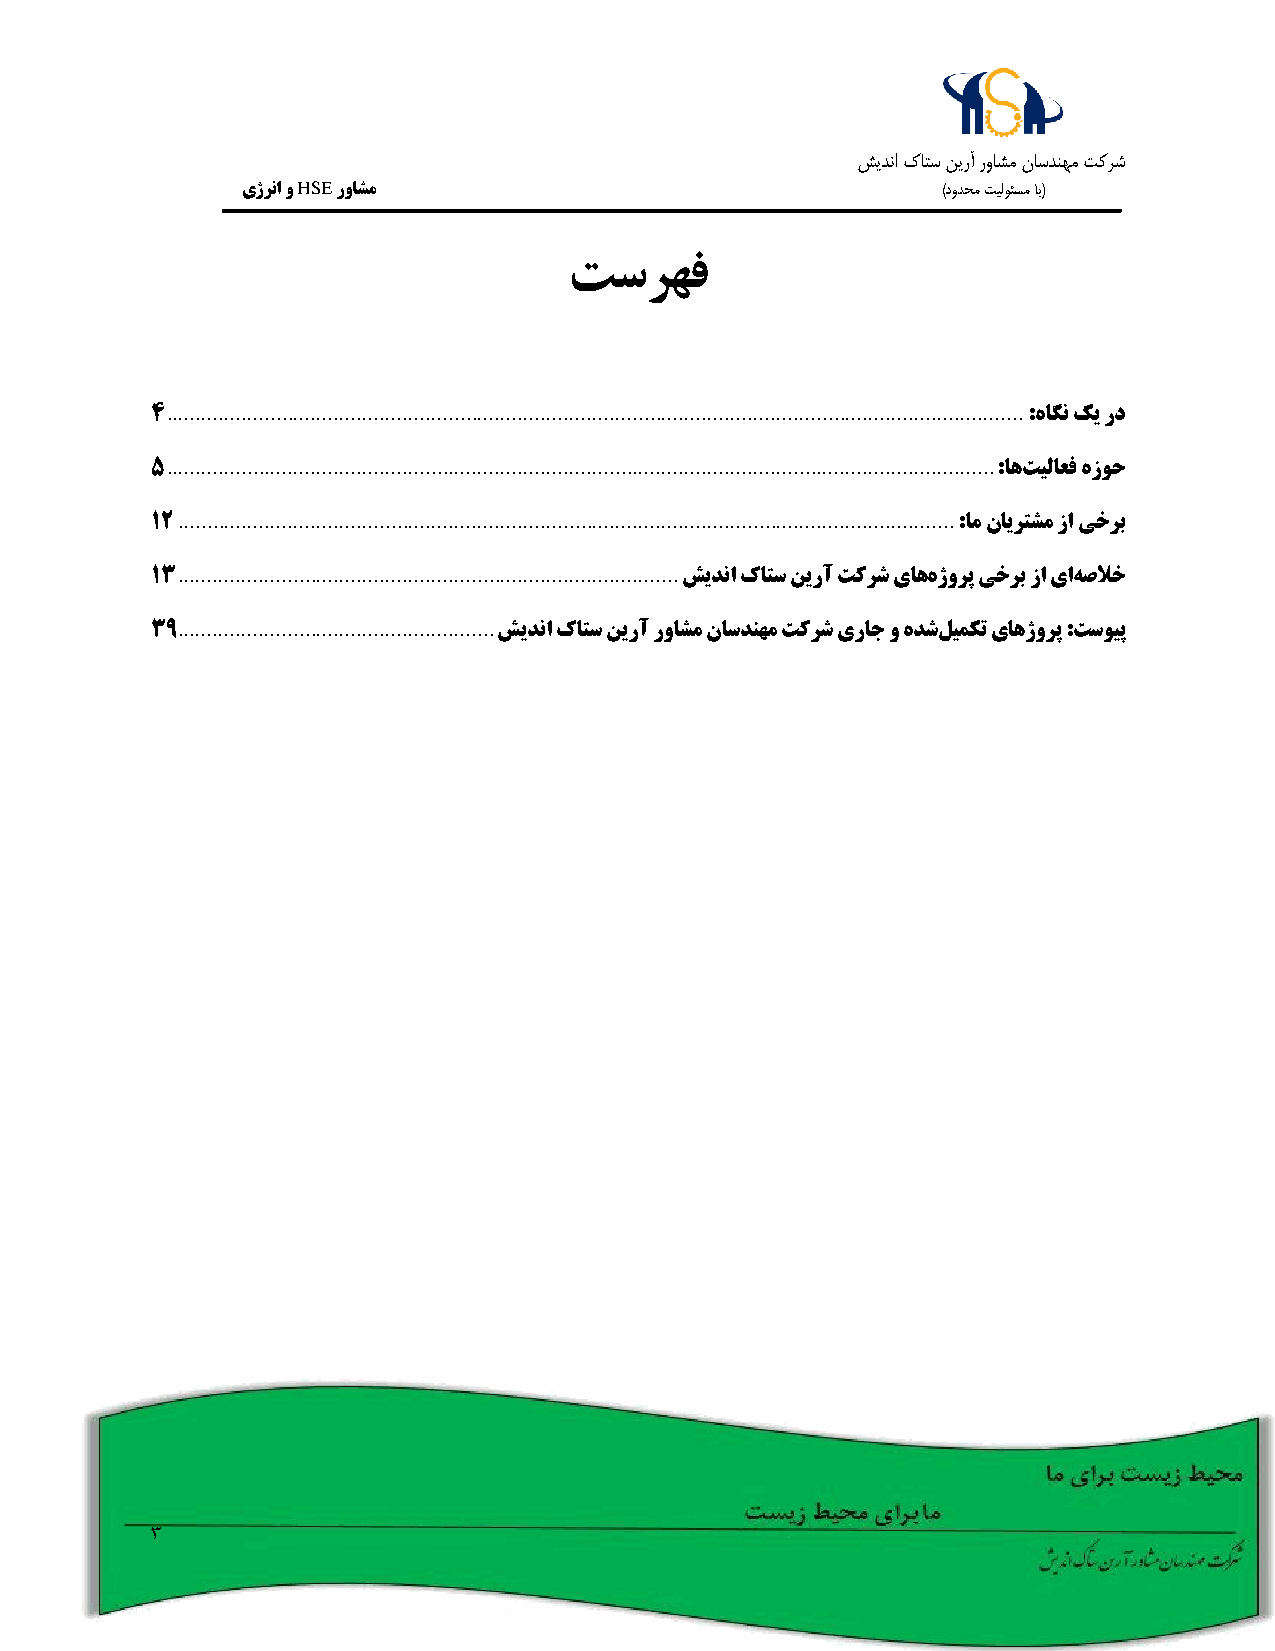
شيدنا كاتس نيرآ رواشم ناسدنهم تکرش
 یژرنا و HSE رواشم                             )دودحم تيلوئسم اب(
 تسرهف
 .....................................................................................................................................................
 4                                                         :هاگن کی رد
 ................................................................................................................................................
 5                                                       :اهتیلاعف هزوح
 .......................................................................................................................................
 12                                                   :ام نایرتشم زا یخرب
 .......................................................................................
 13                                 شیدنا کاتس نیرآ تکرش یاههژورپ یخرب زا یاهصلاخ
 .......................................................
 39                     شیدنا کاتس نیرآ رواشم ناسدنهم تکرش یراج و هدشلیمکت یاهژورپ :تسویپ
 3